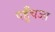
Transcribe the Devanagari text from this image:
पहुँचजा